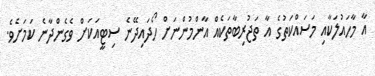
އާ މާހައުލަކާއި މަސައްކަތުގެ އާ ތަޖުރިބާތަކެއް އާންމުންނަށް ހޯދައިދޭނެ ސިޓީއަކަށް ވެގެންދާނެ ކަމަށެވެ.